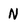
Character: N